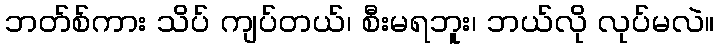
ဘတ်စ်ကား သိပ် ကျပ်တယ်၊ စီးမရဘူး၊ ဘယ်လို လုပ်မလဲ။